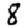
Digit: 8